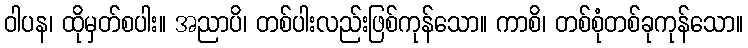
ဝါပန၊ ထိုမှတ်စပါး။ အညာပိ၊ တစ်ပါးလည်းဖြစ်ကုန်သော။ ကာစိ၊ တစ်စုံတစ်ခုကုန်သော။